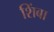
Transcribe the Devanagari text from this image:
शिंबा